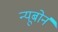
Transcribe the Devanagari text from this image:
न्यूबोर्न